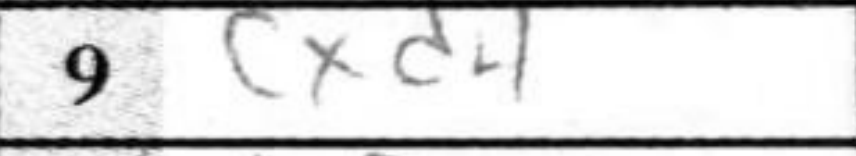
Transcription: cxd4